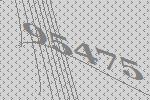
95475